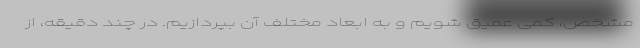
مشخص، کمی عمیق شویم و به ابعاد مختلف آن بپردازیم. در چند دقیقه، از